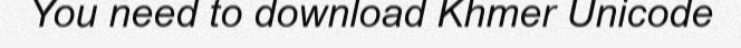
You need to download Khmer Unicode